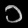
Digit: ၁